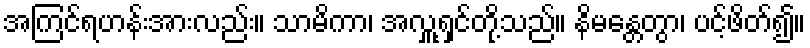
အကြင်ရဟန်းအားလည်း။ သာမိကာ၊ အလှူ့ရှင်တို့သည်။ နိမန္တေတွာ၊ ပင့်ဖိတ်၍။